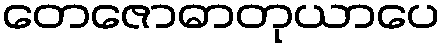
တေဇောဓာတုယာပေ